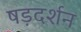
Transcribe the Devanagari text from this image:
षड़दर्शन